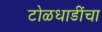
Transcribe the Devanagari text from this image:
टोळधाडींचा